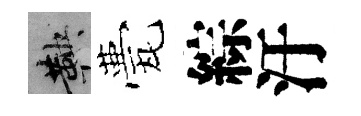
鞅甍綜汙